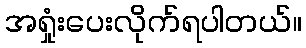
အရှုံးပေးလိုက်ရပါတယ်။